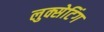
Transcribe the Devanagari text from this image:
लुक्सेटिंग